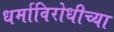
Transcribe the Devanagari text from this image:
धर्माविरोधीच्या